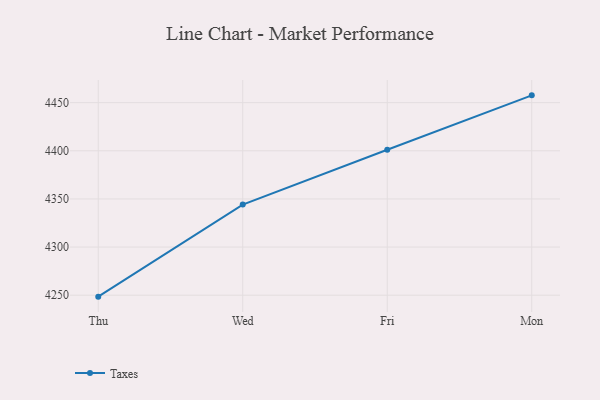
{"axis": {"x": "Day", "y": "Customer Acquisition Cost (USD)"}, "legend": ["Taxes"], "data": [{"x": "Thu", "y": 4248.5, "type": "Taxes"}, {"x": "Wed", "y": 4344.1, "type": "Taxes"}, {"x": "Fri", "y": 4401.1, "type": "Taxes"}, {"x": "Mon", "y": 4457.6, "type": "Taxes"}]}